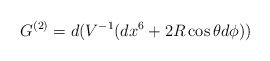
\begin{align*}G^{(2)} = d(V^{-1}(dx^6+2R\cos \theta d\phi))\end{align*}